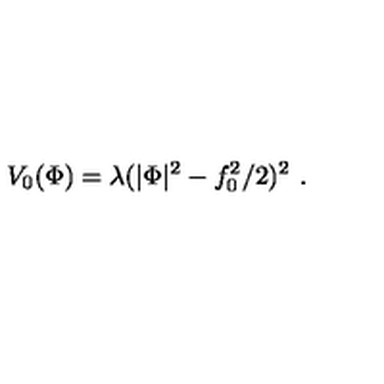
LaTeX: V _ { 0 } ( \Phi ) = \lambda ( | \Phi | ^ { 2 } - f _ { 0 } ^ { 2 } / 2 ) ^ { 2 } \ .